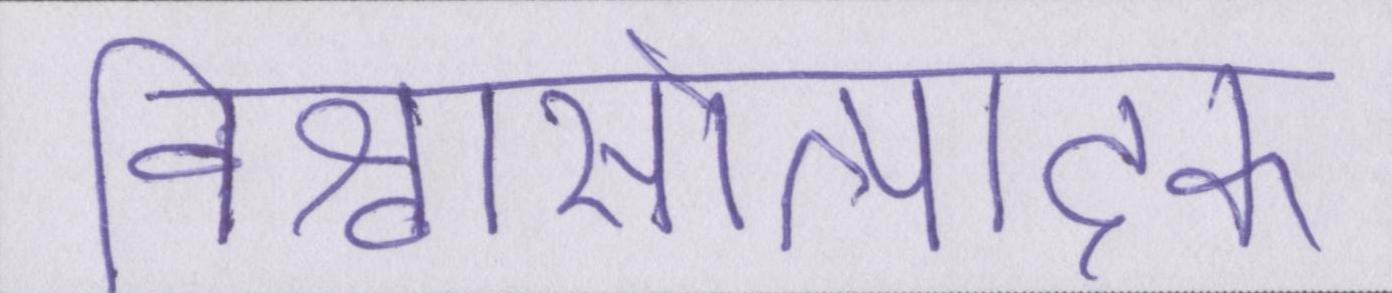
विश्वासोत्पादक